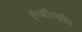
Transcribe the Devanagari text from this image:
ए०डी०सी०